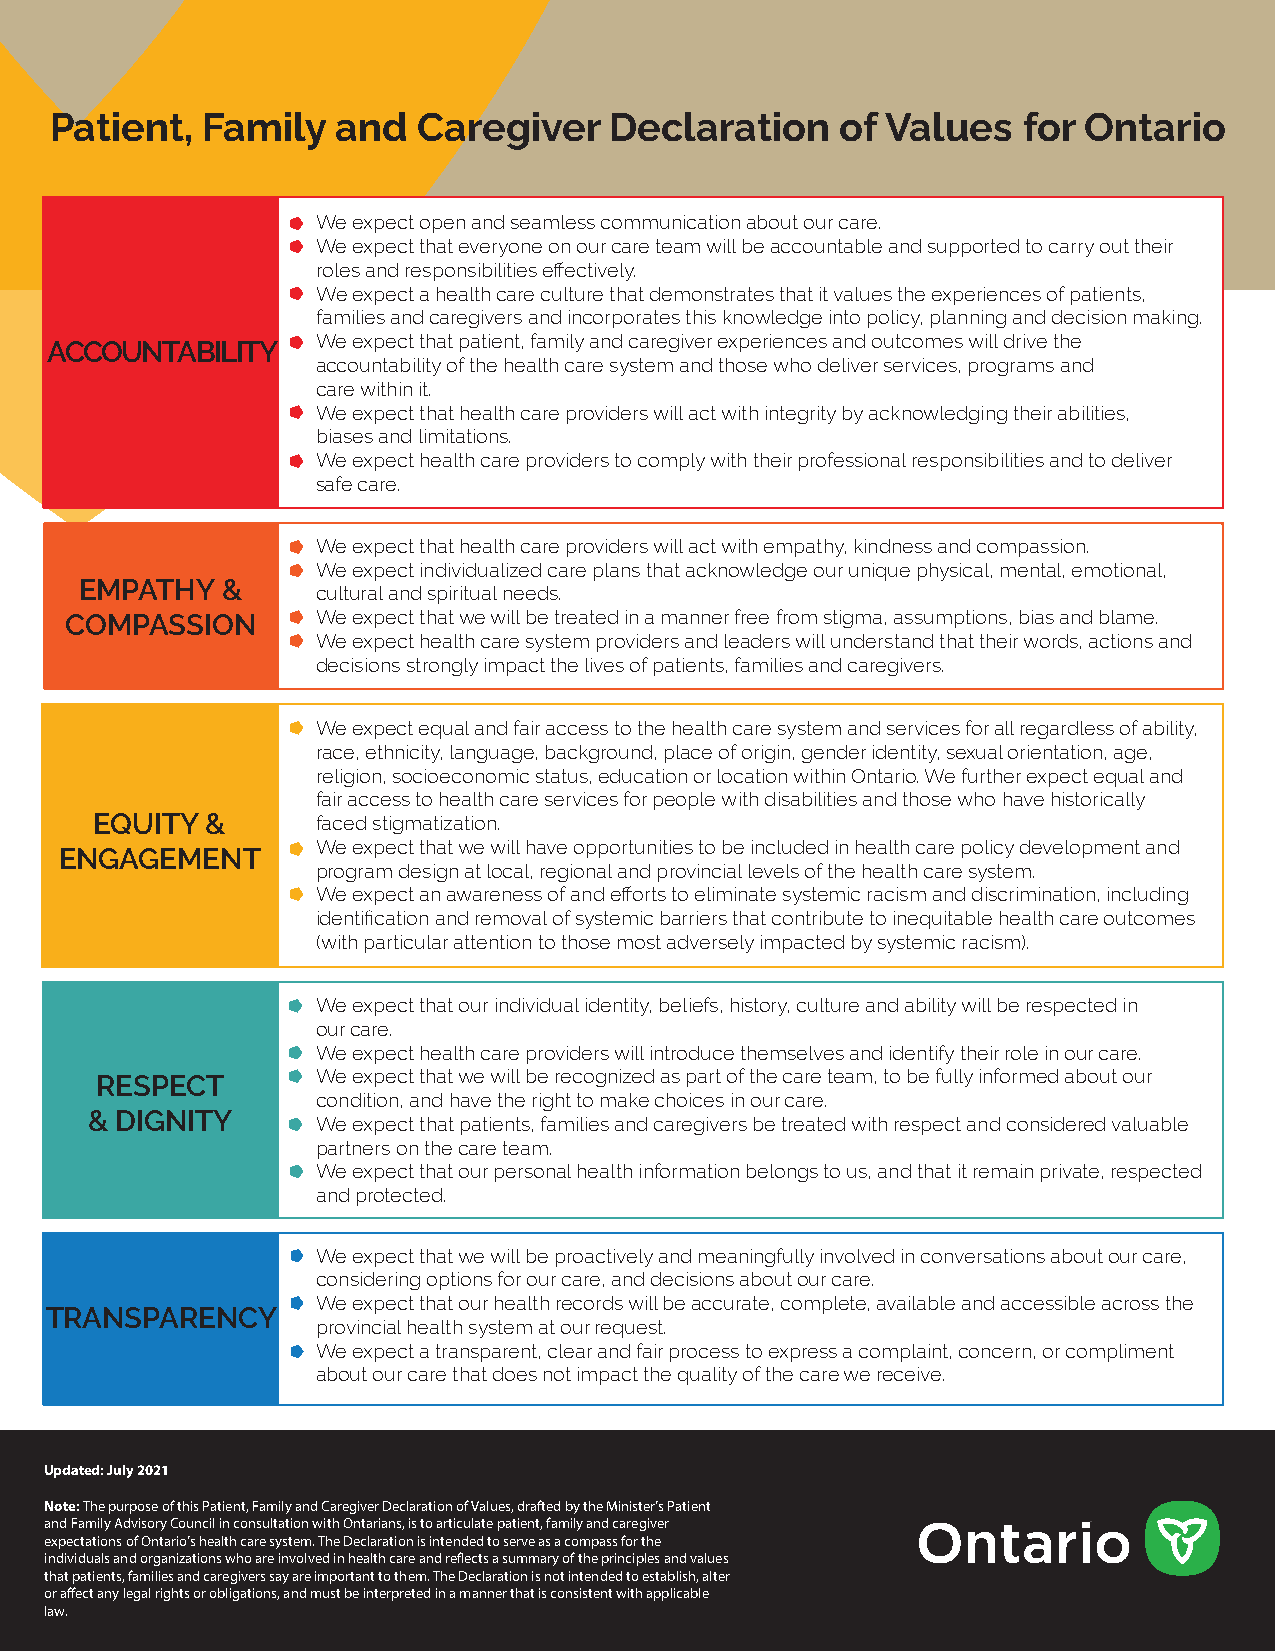
Patient,  Family   and   Caregiver   Declaration     of Values   for Ontario
 We expect open and seamless communication about our care.
 We expect that everyone on our care team will be accountable and supported to carry out their
 roles and responsibilities effectively.
 We expect a health care culture that demonstrates that it values the experiences of patients,
 families and caregivers and incorporates this knowledge into policy, planning and decision making.
 We expect that patient, family and caregiver experiences and outcomes will drive the
 ACCOUNTABILITY
 accountability of the health care system and those who deliver services, programs and
 care within it.
 We expect that health care providers will act with integrity by acknowledging their abilities,
 biases and limitations.
 We expect health care providers to comply with their professional responsibilities and to deliver
 safe care.
 We expect that health care providers will act with empathy, kindness and compassion.
 We expect individualized care plans that acknowledge our unique physical, mental, emotional,
 EMPATHY   &
 cultural and spiritual needs.
 COMPASSION       We expect that we will be treated in a manner free from stigma, assumptions, bias and blame.
 We expect health care system providers and leaders will understand that their words, actions and
 decisions strongly impact the lives of patients, families and caregivers.
 We expect equal and fair access to the health care system and services for all regardless of ability,
 race, ethnicity, language, background, place of origin, gender identity, sexual orientation, age,
 religion, socioeconomic status, education or location within Ontario. We further expect equal and
 fair access to health care services for people with disabilities and those who have historically
 EQUITY  &      faced stigmatization.
 We expect that we will have opportunities to be included in health care policy development and
 ENGAGEMENT
 program design at local, regional and provincial levels of the health care system.
 We expect an awareness of and efforts to eliminate systemic racism and discrimination, including
 identification and removal of systemic barriers that contribute to inequitable health care outcomes
 (with particular attention to those most adversely impacted by systemic racism).
 We expect that our individual identity, beliefs, history, culture and ability will be respected in
 our care.
 We expect health care providers will introduce themselves and identify their role in our care.
 RESPECT        We expect that we will be recognized as part of the care team, to be fully informed about our
 condition, and have the right to make choices in our care.
 & DIGNITY
 We expect that patients, families and caregivers be treated with respect and considered valuable
 partners on the care team.
 We expect that our personal health information belongs to us, and that it remain private, respected
 and protected.
 We expect that we will be proactively and meaningfully involved in conversations about our care,
 considering options for our care, and decisions about our care.
 We expect that our health records will be accurate, complete, available and accessible across the
 TRANSPARENCY
 provincial health system at our request.
 We expect a transparent, clear and fair process to express a complaint, concern, or compliment
 about our care that does not impact the quality of the care we receive.
 Updated: July 2021
 Note: The purpose of this Patient, Family and Caregiver Declaration of Values, drafted by the Minister’s Patient
 and Family Advisory Council in consultation with Ontarians, is to articulate patient, family and caregiver
 expectations of Ontario’s health care system. The Declaration is intended to serve as a compass for the
 individuals and organizations who are involved in health care and reflects a summary of the principles and values
 that patients, families and caregivers say are important to them. The Declaration is not intended to establish, alter
 or affect any legal rights or obligations, and must be interpreted in a manner that is consistent with applicable
 law.